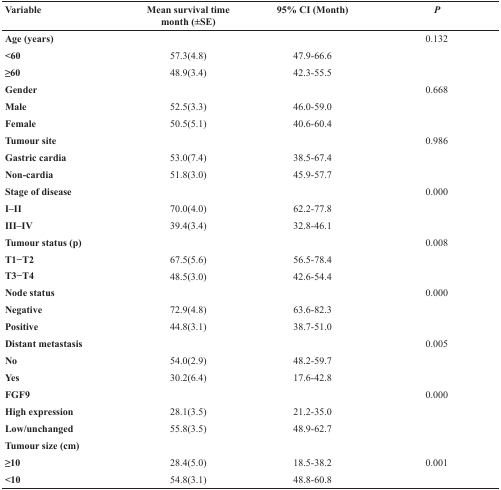
<table><thead><tr><td><b>Variable</b></td><td><b>Mean survival time month (±SE)</b></td><td><b>95% CI (Month)</b></td><td><b><i>P</i></b></td></tr></thead><tbody><tr><td><b>Age (years)</b></td><td></td><td></td><td>0.132</td></tr><tr><td><b>&lt;60</b></td><td>57.3(4.8)</td><td>47.9-66.6</td><td></td></tr><tr><td><b>≥60</b></td><td>48.9(3.4)</td><td>42.3-55.5</td><td></td></tr><tr><td><b>Gender</b></td><td></td><td></td><td>0.668</td></tr><tr><td><b>Male</b></td><td>52.5(3.3)</td><td>46.0-59.0</td><td></td></tr><tr><td><b>Female</b></td><td>50.5(5.1)</td><td>40.6-60.4</td><td></td></tr><tr><td><b>Tumour site</b></td><td></td><td></td><td>0.986</td></tr><tr><td><b>Gastric cardia</b></td><td>53.0(7.4)</td><td>38.5-67.4</td><td></td></tr><tr><td><b>Non-cardia</b></td><td>51.8(3.0)</td><td>45.9-57.7</td><td></td></tr><tr><td><b>Stage of disease</b></td><td></td><td></td><td>0.000</td></tr><tr><td><b>I–II</b></td><td>70.0(4.0)</td><td>62.2-77.8</td><td></td></tr><tr><td><b>III–IV</b></td><td>39.4(3.4)</td><td>32.8-46.1</td><td></td></tr><tr><td><b>Tumour status (p)</b></td><td></td><td></td><td>0.008</td></tr><tr><td><b>T1−T2</b></td><td>67.5(5.6)</td><td>56.5-78.4</td><td></td></tr><tr><td><b>T3−T4</b></td><td>48.5(3.0)</td><td>42.6-54.4</td><td></td></tr><tr><td><b>Node status</b></td><td></td><td></td><td>0.000</td></tr><tr><td><b>Negative</b></td><td>72.9(4.8)</td><td>63.6-82.3</td><td></td></tr><tr><td><b>Positive</b></td><td>44.8(3.1)</td><td>38.7-51.0</td><td></td></tr><tr><td><b>Distant metastasis</b></td><td></td><td></td><td>0.005</td></tr><tr><td><b>No</b></td><td>54.0(2.9)</td><td>48.2-59.7</td><td></td></tr><tr><td><b>Yes</b></td><td>30.2(6.4)</td><td>17.6-42.8</td><td></td></tr><tr><td><b>FGF9</b></td><td></td><td></td><td>0.000</td></tr><tr><td><b>High expression</b></td><td>28.1(3.5)</td><td>21.2-35.0</td><td></td></tr><tr><td><b>Low/unchanged</b></td><td>55.8(3.5)</td><td>48.9-62.7</td><td></td></tr><tr><td><b>Tumour size (cm)</b></td><td></td><td></td><td></td></tr><tr><td><b>≥10</b></td><td>28.4(5.0)</td><td>18.5-38.2</td><td>0.001</td></tr><tr><td><b>&lt;10</b></td><td>54.8(3.1)</td><td>48.8-60.8</td><td></td></tr></tbody></table>